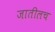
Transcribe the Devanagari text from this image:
जातीलच